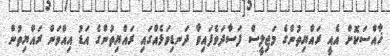
ޚާއްސަކޮށް އެއީ ރައްޔިތުންގެ މަޖިލީސް ފަސާދަވެފައިވާ ދަނޑިވަޅެއްގައި ރައްޔިތުންގެ އަޑު އިއްވަން ރައްޔިތުން